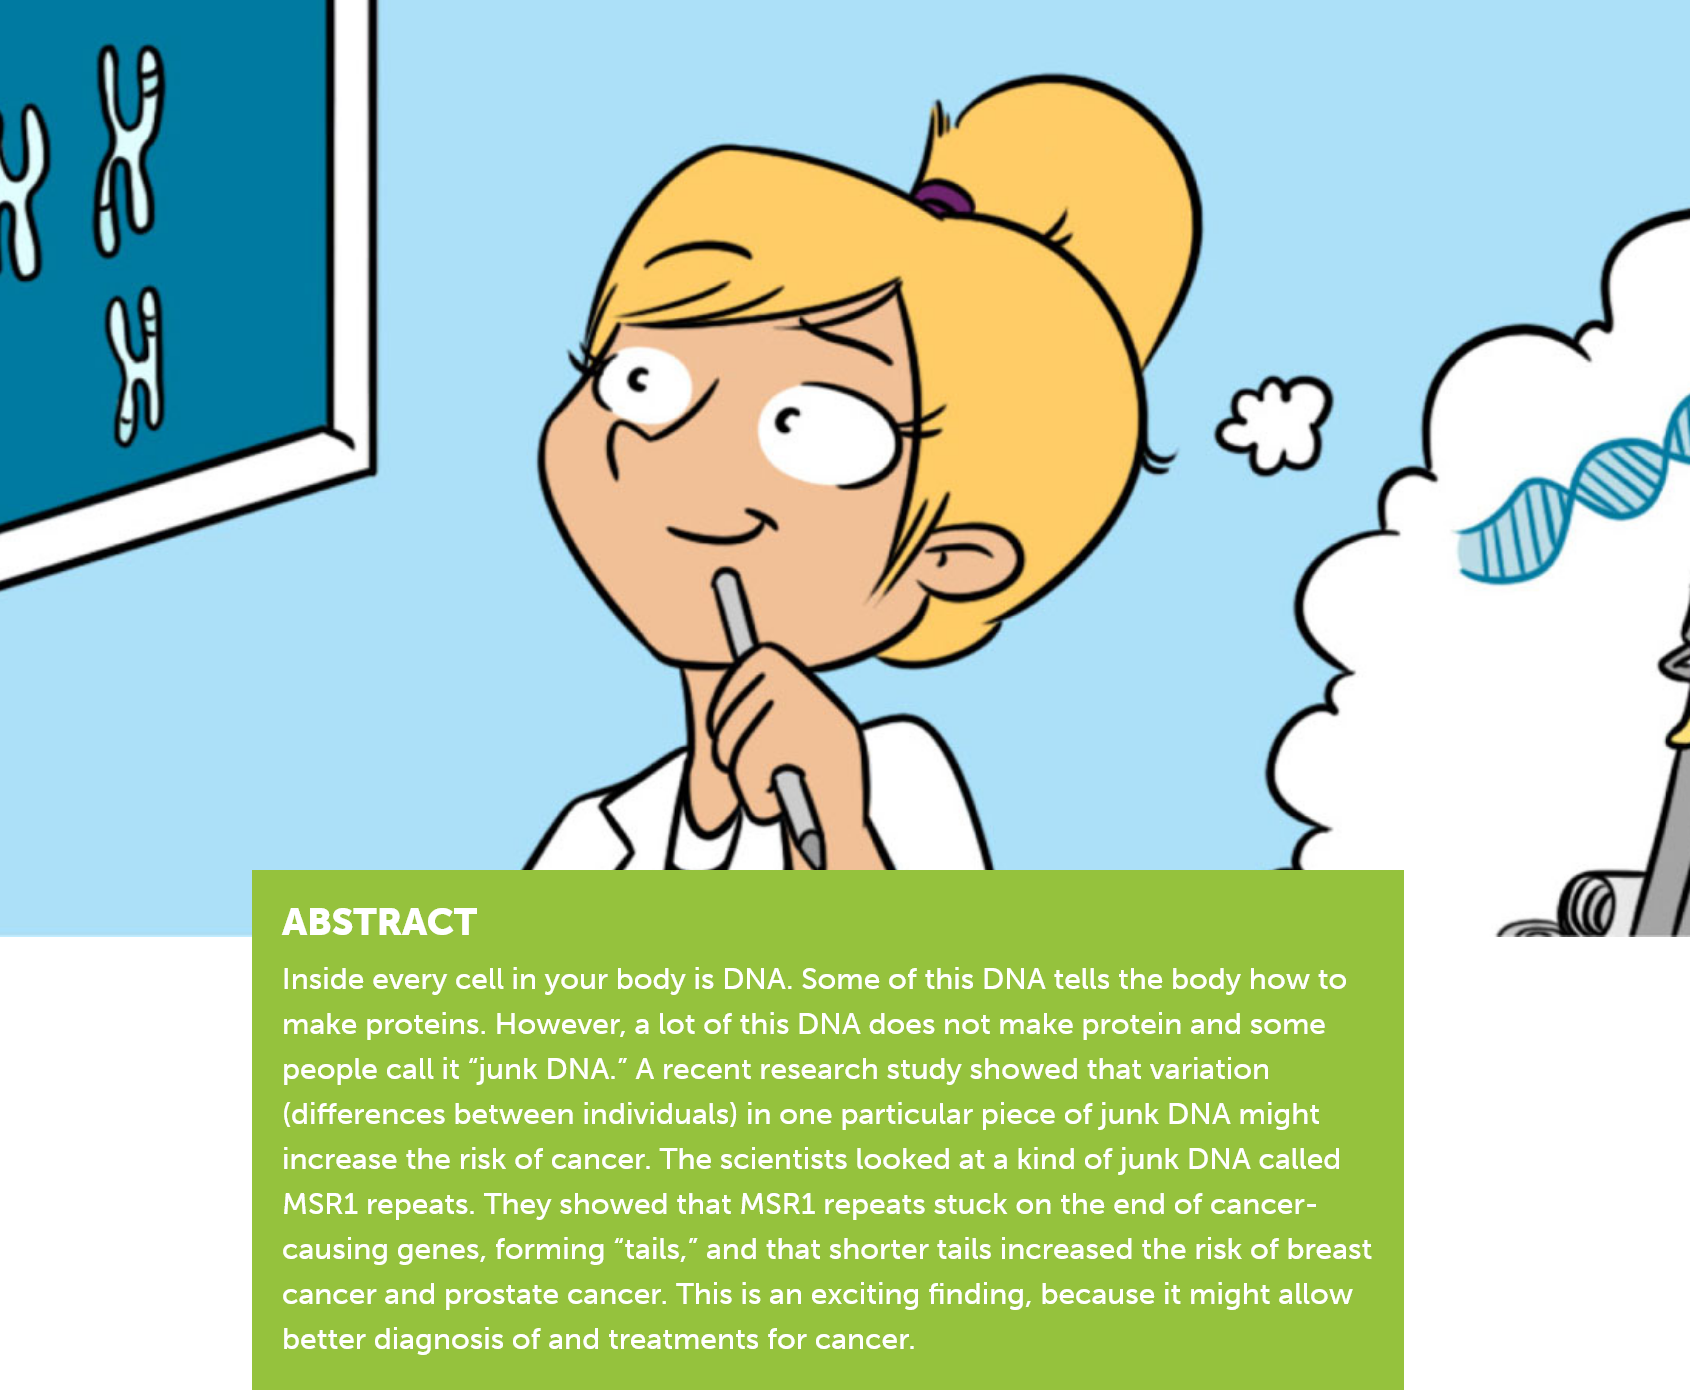
ABSTRACT
     Inside every cell in your body is DNA. Some of this DNA tells the body how to
     make proteins. However, a lot of this DNA does not make protein and some
     people call it “junk DNA.” A recent research study showed that variation
     (differences between individuals) in one particular piece of junk DNA might
     increase the risk of cancer. The scientists looked at a kind of junk DNA called
     MSRi1 repeats. They showed that MSR1 repeats stuck on the end of cancer-
     causing genes, forming “tails,” and that shorter tails increased the risk of breast
     cancer and prostate cancer. This is an exciting finding, because it might allow
     better diagnosis of and treatments for cancer.